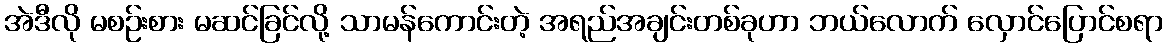
အဲဒီလို မစဉ်းစား မဆင်ခြင်လို့ သာမန်ကောင်းတဲ့ အရည်အချင်းတစ်ခုဟာ ဘယ်လောက် လှောင်ပြောင်စရာ